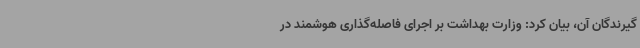
گیرندگان آن، بیان کرد: وزارت بهداشت بر اجرای فاصله‌گذاری هوشمند در